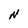
Character: N